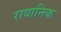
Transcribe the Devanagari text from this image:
रायानिक